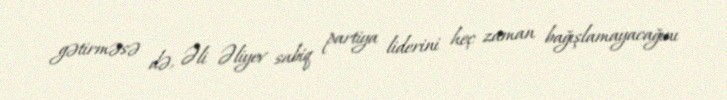
gətirməsə də, Əli Əliyev sabiq partiya liderini heç zaman bağışlamayacağını